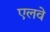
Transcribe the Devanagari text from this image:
एलवे